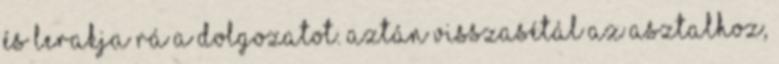
és lerakja rá a dolgozatot. Aztán visszasétál az asztalhoz,